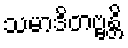
သမာဒိတဗ္ဗန္တိ